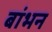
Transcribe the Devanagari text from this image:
बांभन